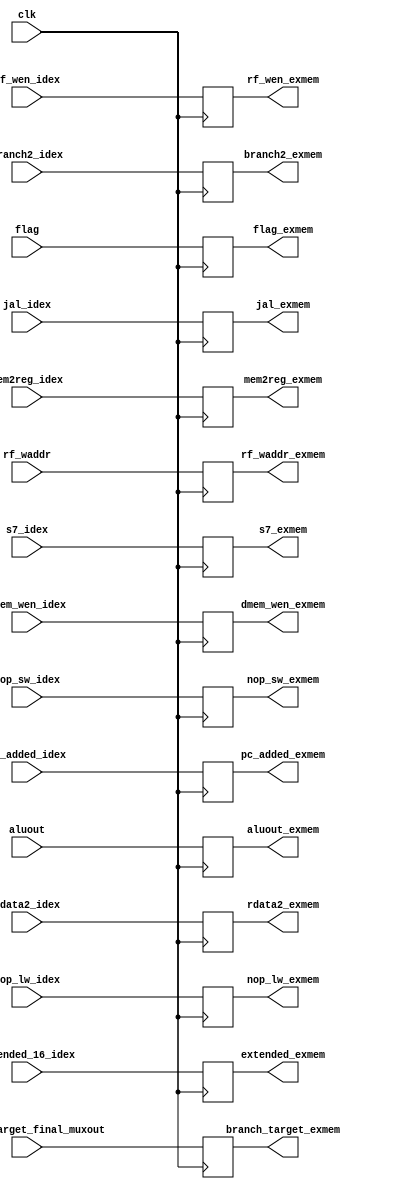
module ex_mem(clk,s7_idex, dmem_wen_idex, rf_wen_idex, branch2_idex,  
mem2reg_idex,aluout, flag, extended_16_idex, rdata2_idex, rf_waddr, dmem_wen_exmem, 
rf_wen_exmem, branch2_exmem, mem2reg_exmem, aluout_exmem, flag_exmem, 
rdata2_exmem, rf_waddr_exmem, extended_exmem, s7_exmem, branch_target_final_muxout, branch_target_exmem,
nop_lw_idex,nop_sw_idex, nop_lw_exmem, nop_sw_exmem,
pc_added_idex, pc_added_exmem,
jal_idex, jal_exmem
);
  
  input clk;
  input s7_idex;
  input dmem_wen_idex;
  input rf_wen_idex;
  input mem2reg_idex;
  input branch2_idex;
  input [15:0] aluout;
  input [2:0] flag;
  input [15:0] extended_16_idex;
  input [15:0] rdata2_idex;
  input [3:0] rf_waddr;
  input [15:0] pc_added_idex;
  input jal_idex;
  
  input nop_lw_idex, nop_sw_idex;
  output nop_lw_exmem, nop_sw_exmem;
  input [15:0] branch_target_final_muxout;
  output [15:0] branch_target_exmem;
  output dmem_wen_exmem;
  output rf_wen_exmem;
  output branch2_exmem;
  output mem2reg_exmem;
  output s7_exmem;
  output [15:0] extended_exmem;
  output [15:0] pc_added_exmem;
  output jal_exmem;
  
  reg dmem_wen_exmem_temp;
  reg rf_wen_exmem_temp;
  reg branch2_exmem_temp;
  reg mem2reg_exmem_temp;
  reg s7_exmem_temp;
  reg [15:0] extended_exmem_temp;
  reg [15:0] pc_added_temp;
  reg jal_temp; 
  
  output [15:0] aluout_exmem;
  output [2:0] flag_exmem;
  
  output [15:0] rdata2_exmem;
  output [3:0] rf_waddr_exmem;
  
  reg nop_lw_temp, nop_sw_temp;
  
  //output reg control_lhb_llb_exmem;
  
  reg [15:0] aluout_exmem_temp;
  reg [2:0] flag_exmem_temp;
  
  reg [15:0] rdata2_exmem_temp;
  reg [3:0] rf_waddr_exmem_temp;
  reg [15:0] branch_target_temp;

    
    always @ (posedge clk)
        begin
        dmem_wen_exmem_temp <= dmem_wen_idex;
        rf_wen_exmem_temp <= rf_wen_idex;
        branch2_exmem_temp <= branch2_idex;
        mem2reg_exmem_temp <= mem2reg_idex;
        aluout_exmem_temp <=aluout;
        flag_exmem_temp <= flag;
        rdata2_exmem_temp <= rdata2_idex;
        rf_waddr_exmem_temp <= rf_waddr;
        s7_exmem_temp <= s7_idex;
        extended_exmem_temp <= extended_16_idex;
        branch_target_temp<= branch_target_final_muxout;
        nop_lw_temp <= nop_lw_idex;
        nop_sw_temp <= nop_sw_idex;
        pc_added_temp <= pc_added_idex;
        jal_temp <= jal_idex;
        end
    
     assign dmem_wen_exmem = dmem_wen_exmem_temp;
     assign rf_wen_exmem = rf_wen_exmem_temp;
     assign branch2_exmem = branch2_exmem_temp;
     assign mem2reg_exmem = mem2reg_exmem_temp;
     assign aluout_exmem = aluout_exmem_temp;
     assign flag_exmem = flag_exmem_temp;
     assign rdata2_exmem = rdata2_exmem_temp;
     assign rf_waddr_exmem = rf_waddr_exmem_temp;
     assign s7_exmem = s7_exmem_temp;
     assign extended_exmem = extended_exmem_temp;  
     assign branch_target_exmem = branch_target_temp;
     assign nop_lw_exmem = nop_lw_temp;   
     assign nop_sw_exmem = nop_sw_temp;
     assign pc_added_exmem = pc_added_temp;
     assign jal_exmem = jal_temp; 

endmodule